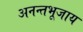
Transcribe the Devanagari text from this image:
अनन्तभूजाय